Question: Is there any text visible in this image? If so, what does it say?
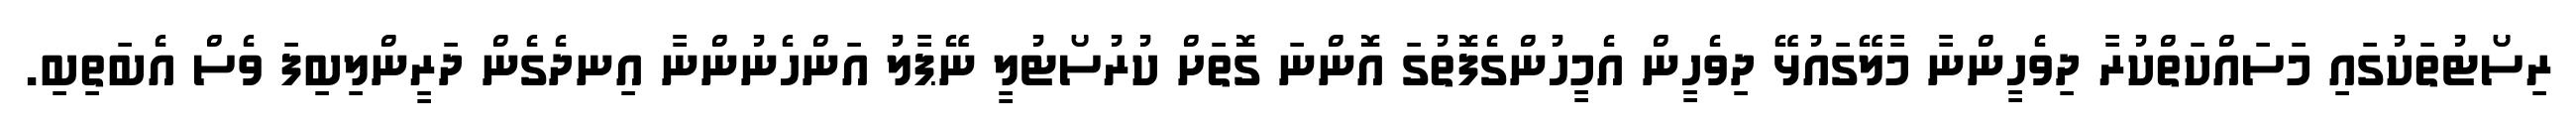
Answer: ރިސޯޓުތަކުގައި މަސައްކަތްކުރާ ދިވެހީންނާ މާލޭގައުޅޭ ދިވެހީން އެމީހުންގެފޮތުގަ އޮންނަ ގޮތަށް ކުރުސޯޓުލީ ނޭޕާލު އަންހެނުންނާ އިނދެގެން ދަރީންލިބިފަ ވެސް އެބަތިބި.